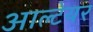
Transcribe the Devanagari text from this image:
आल्टेयर